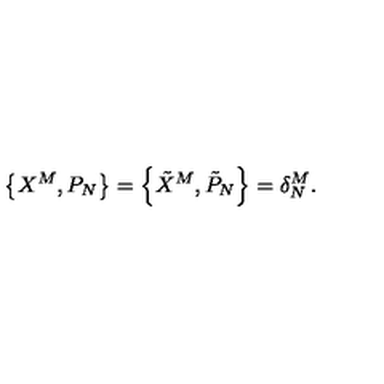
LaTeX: \left\{ X ^ { M } , P _ { N } \right\} = \left\{ \tilde { X } ^ { M } , \tilde { P } _ { N } \right\} = \delta _ { N } ^ { M } .